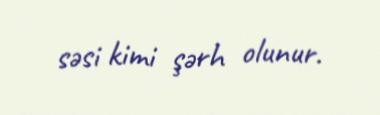
səsi kimi şərh olunur.